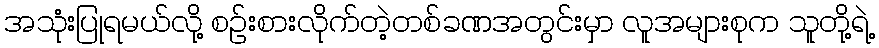
အသုံးပြုရမယ်လို့ စဉ်းစားလိုက်တဲ့တစ်ခဏအတွင်းမှာ လူအများစုက သူတို့ရဲ့